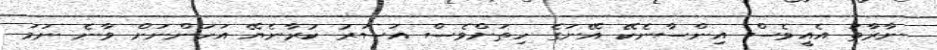
ނާރާތަ އެއީވެސް އިންސާނެކޭ އޭނަގެ ހިތަށްވެސް އަސަރު ކުރާނެޔޭ އަހަންނަށް ވާނެ ނަމަ